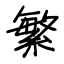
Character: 繁